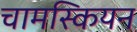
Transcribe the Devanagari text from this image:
चामस्कियन